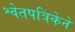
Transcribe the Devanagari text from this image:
श्वेतपत्रिकेने